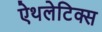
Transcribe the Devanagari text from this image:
ऐथलेटिक्स